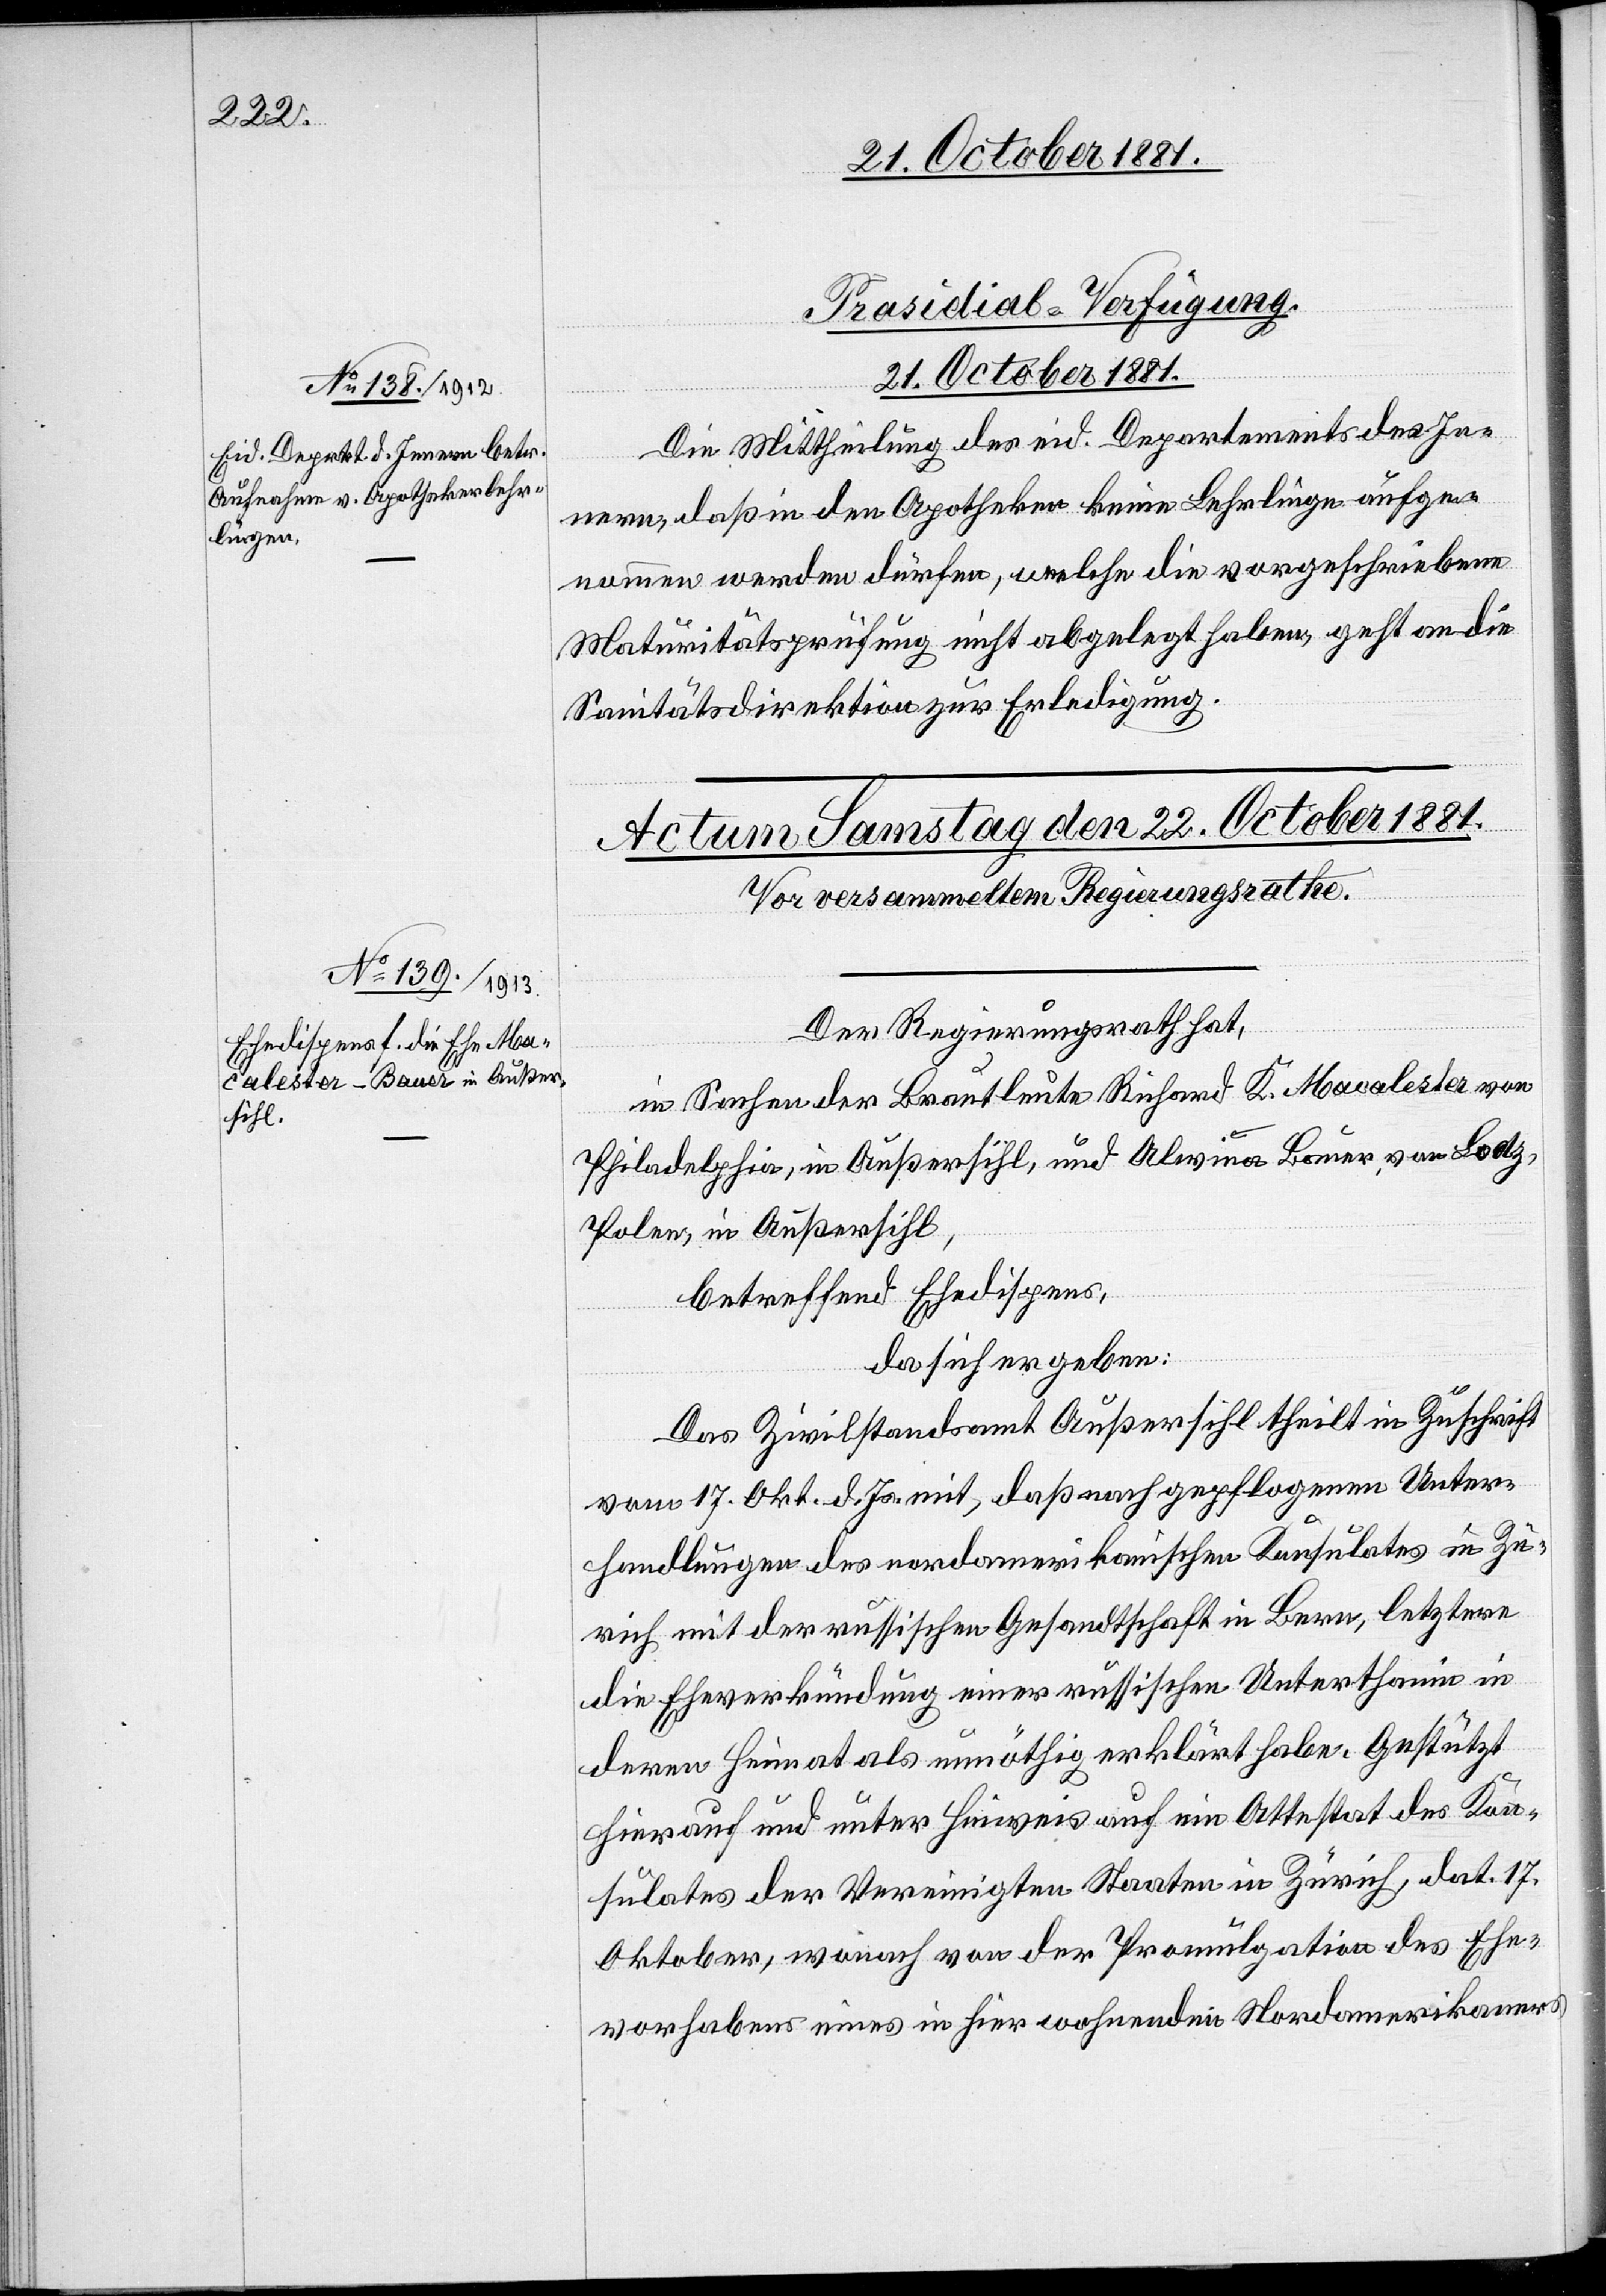
Prasidial-Verfügung.
21. October 1881.
Die Mittheilung des eid. Departements des In¬
nern, daß in den Apotheken keine Lehrlinge aufge¬
nommen werden dürfen, welche die vorgeschriebene
Maturitätsprüfung nicht abgelegt haben, geht an die
Sanitätsdirektion zur Erledigung.
Der Regierungsrath hat,
in Sachen der Brautleute Richard K. Macalester von
Philadelphia, in Außersihl, und Alwina Bauer, von Lodz,
Polen, in Außersihl,
betreffend Ehedispens,
da sich ergeben:
Das Zivilstandsamt Außersihl theilt in Zuschrift
vom 17. Okt. d. Js. mit, daß nach gepflogenen Unter¬
handlungen des nordamerikanischen Konsulates in Zü¬
rich mit der russischen Gesandtschaft in Bern, letztern
die Eheverkündung einer russischen Unterthanin in
deren Heimat als unnöthig erklärt haben. Gestützt
hierauf und unter Hinweis auf ein Attestat des Kon¬
sulates der Vereinigten Staaten in Zürich, dat. 17.
Oktober, wonach von der Promulgation des Ehe¬
vorhabens eines in hier wohnenden Nordamerikaners